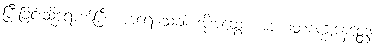
ပြီးခြင်းသို့ရောက်ပြီ။ ဟရေ သခါ၊ အိုအဆွေ။ အာယတစက္ခုနေတ္တော၊